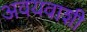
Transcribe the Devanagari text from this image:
अवयवाशी